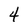
Character: 4